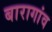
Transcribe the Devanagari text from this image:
बारागांव